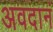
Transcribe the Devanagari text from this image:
अवदानं